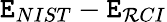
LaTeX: \mathtt{E}_{NIST}-\mathtt{E}_{\mathcal{R}CI}